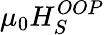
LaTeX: \mu_{0}H_{S}^{OOP}